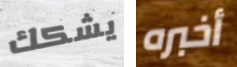
يشكك أخبره